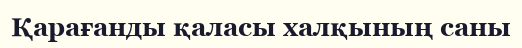
Қарағанды қаласы халқының саны